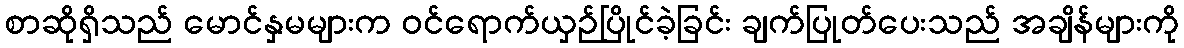
စာဆိုရှိသည် မောင်နှမများက ဝင်ရောက်ယှဉ်ပြိုင်ခဲ့ခြင်း ချက်ပြုတ်ပေးသည် အချိန်များကို